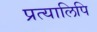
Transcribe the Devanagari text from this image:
प्रत्यालिपि